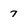
Character: 7